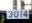
3014